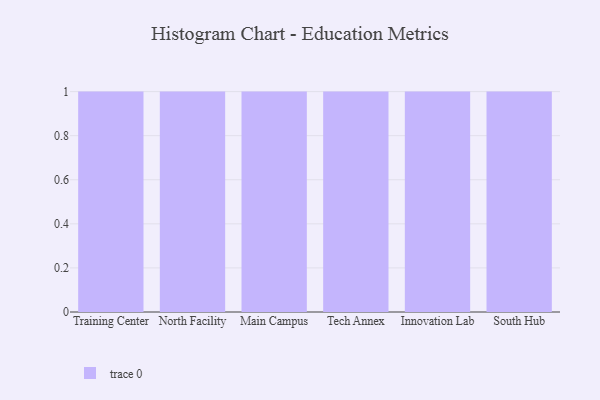
{"axis": {"x": "Campus", "y": "Gross Profit (USD K)"}, "legend": [""], "data": [{"x": "Training Center", "y": 12, "type": ""}, {"x": "North Facility", "y": 98, "type": ""}, {"x": "Main Campus", "y": 95, "type": ""}, {"x": "Tech Annex", "y": 37, "type": ""}, {"x": "Innovation Lab", "y": 4, "type": ""}, {"x": "South Hub", "y": 53, "type": ""}]}